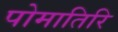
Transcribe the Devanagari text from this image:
पोमातिरि